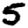
Digit: 5